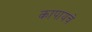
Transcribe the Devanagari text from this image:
कापायचे